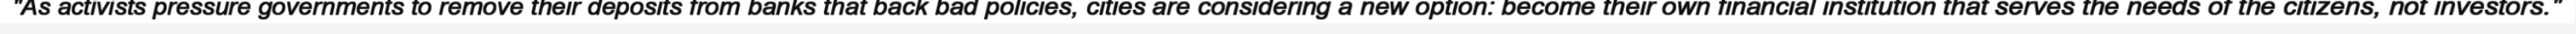
"As activists pressure governments to remove their deposits from banks that back bad policies, cities are considering a new option: become their own financial institution that serves the needs of the citizens, not investors."